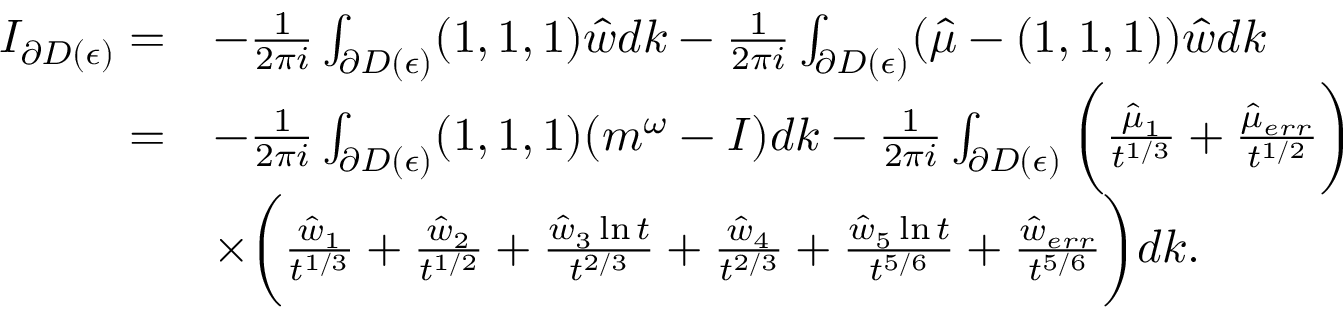
\begin{array} { r l } { I _ { \partial D ( \epsilon ) } = } & { - \frac { 1 } { 2 \pi i } \int _ { \partial D ( \epsilon ) } ( 1 , 1 , 1 ) \hat { w } d k - \frac { 1 } { 2 \pi i } \int _ { \partial D ( \epsilon ) } ( \hat { \mu } - ( 1 , 1 , 1 ) ) \hat { w } d k } \\ { = } & { - \frac { 1 } { 2 \pi i } \int _ { \partial D ( \epsilon ) } ( 1 , 1 , 1 ) ( m ^ { \omega } - I ) d k - \frac { 1 } { 2 \pi i } \int _ { \partial D ( \epsilon ) } \bigg ( \frac { \hat { \mu } _ { 1 } } { t ^ { 1 / 3 } } + \frac { \hat { \mu } _ { e r r } } { t ^ { 1 / 2 } } \bigg ) } \\ & { \times \bigg ( \frac { \hat { w } _ { 1 } } { t ^ { 1 / 3 } } + \frac { \hat { w } _ { 2 } } { t ^ { 1 / 2 } } + \frac { \hat { w } _ { 3 } \ln t } { t ^ { 2 / 3 } } + \frac { \hat { w } _ { 4 } } { t ^ { 2 / 3 } } + \frac { \hat { w } _ { 5 } \ln t } { t ^ { 5 / 6 } } + \frac { \hat { w } _ { e r r } } { t ^ { 5 / 6 } } \bigg ) d k . } \end{array}